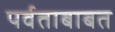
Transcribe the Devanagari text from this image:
पर्वताबाबत